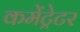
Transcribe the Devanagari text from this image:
कमेंट्रेटर